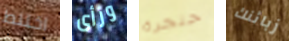
اختلط ورأى حنجرة زبائنك